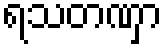
ရသတဏှာ